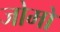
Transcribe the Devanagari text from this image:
जोमों